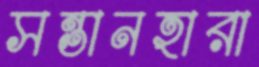
সন্তানহারা